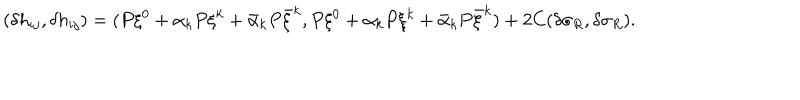
LaTeX: ( \delta h _ { i j } , \delta h _ { i j } ) = ( P \xi ^ { 0 } + \alpha _ { k } P \xi ^ { k } + \bar { \alpha } _ { k } P \bar { \xi } ^ { k } , P \xi ^ { 0 } + \alpha _ { k } P \xi ^ { k } + \bar { \alpha } _ { k } P \bar { \xi } ^ { k } ) + 2 C ( \delta \sigma _ { R } , \delta \sigma _ { R } ) .